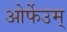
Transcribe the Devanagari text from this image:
ओर्फेउम्